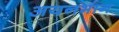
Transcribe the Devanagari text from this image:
अयनभाग